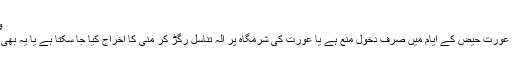
واللہ العالم
سوال:کیا عورت حیض کے ایام میں صرف دخول منع ہے یا عورت کی شرمگاہ پر آلہ تناسل رگڑ کر منی کا اخراج کیا جا سکتا ہے یا یہ بھی منع ہے؟